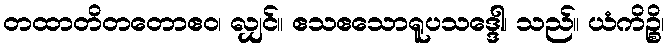
တထာတိတတောဧဝ၊ လျှင်။ ဧသဧသောရူပသဒ္ဒေါ၊ သည်။ ယံကိဉ္စိ၊